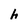
Character: h